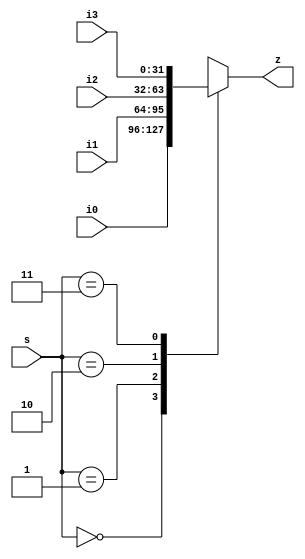
module mux32bit_4to1 (
  input [31:0] i0, i1, i2, i3,
  input [1:0] s,

  output [31:0] z
);
  
  reg [31:0] z;

  initial z = 0;

  always @(*) begin
      case(s)
        2'b00 : z = i0;
        2'b01 : z = i1;
        2'b10 : z = i2;
        2'b11 : z = i3;
      endcase
  end

endmodule